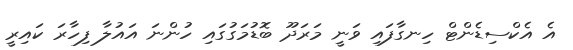
އެ އެކްސިޑެންޓް ހިނގާފައި ވަނީ މަރަދޫ ބޮޑުމަގުގައި ހުންނަ އައުލާ ފިހާރަ ކައިރީ